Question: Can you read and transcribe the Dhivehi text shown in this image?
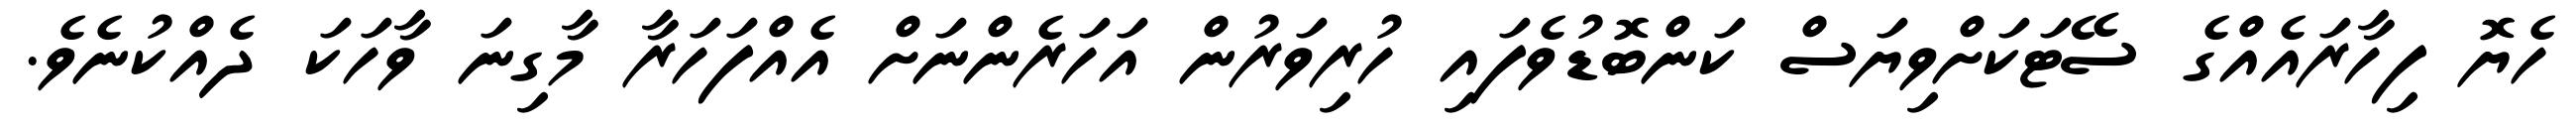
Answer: ހެޔޮ ފިހާރައެއްގެ ސޭޓަކަށްވިޔަސް ކަންބޮޑުވެފައި ހުރިވަރުން އަހަރެންނަށް އެއްފަހަރާ މާގިނަ ވާހަކަ ދެއްކުނެވެ.